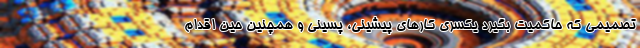
تصمیمی که حاکمیت بگیرد یکسری کارهای پیشینی، پسینی و همچنین حین اقدام